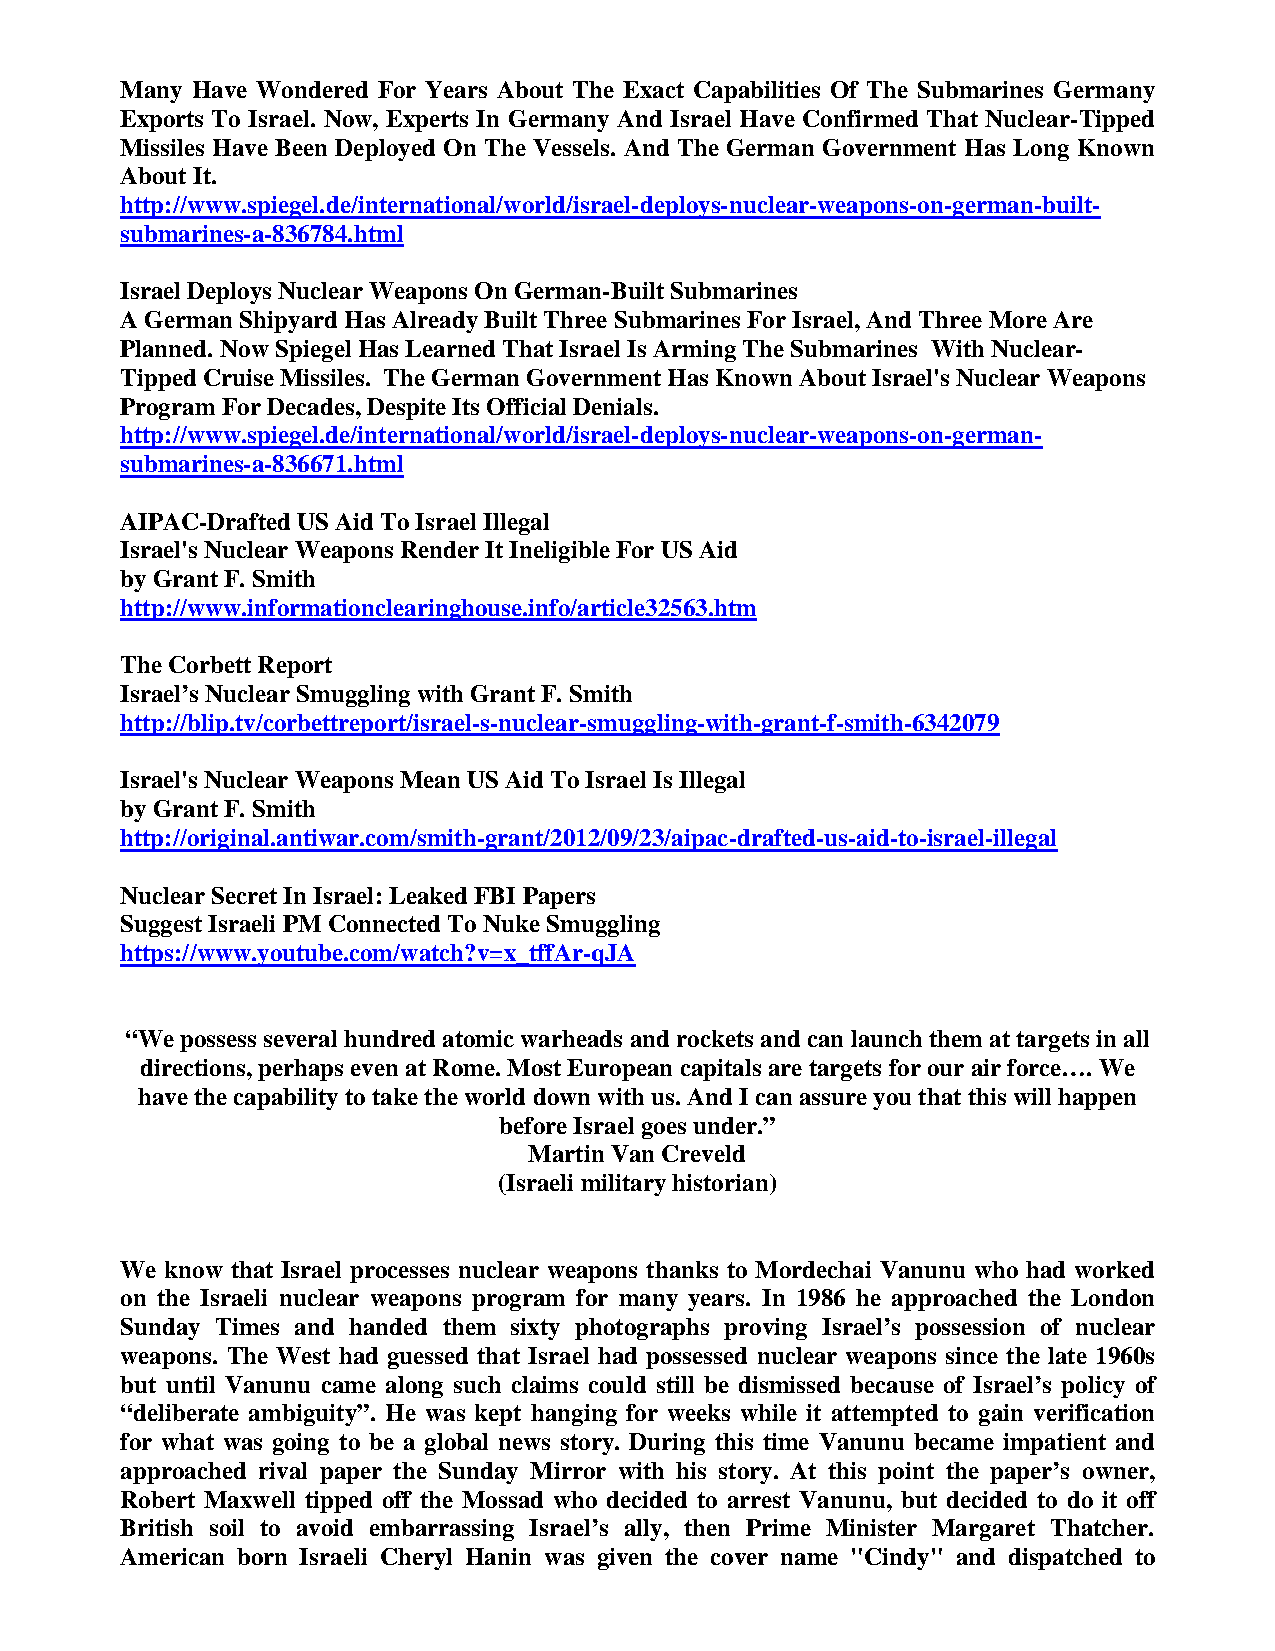
Many Have Wondered For Years About The Exact Capabilities Of The Submarines Germany
 Exports To Israel. Now, Experts In Germany And Israel Have Confirmed That Nuclear-Tipped
 Missiles Have Been Deployed On The Vessels. And The German Government Has Long Known
 About It.
 http://www.spiegel.de/international/world/israel-deploys-nuclear-weapons-on-german-built-
 submarines-a-836784.html
 Israel Deploys Nuclear Weapons On German-Built Submarines
 A German Shipyard Has Already Built Three Submarines For Israel, And Three More Are
 Planned. Now Spiegel Has Learned That Israel Is Arming The Submarines With Nuclear-
 Tipped Cruise Missiles. The German Government Has Known About Israel's Nuclear Weapons
 Program For Decades, Despite Its Official Denials.
 http://www.spiegel.de/international/world/israel-deploys-nuclear-weapons-on-german-
 submarines-a-836671.html
 AIPAC-Drafted US Aid To Israel Illegal
 Israel's Nuclear Weapons Render It Ineligible For US Aid
 by Grant F. Smith
 http://www.informationclearinghouse.info/article32563.htm
 The Corbett Report
 Israel’s Nuclear Smuggling with Grant F. Smith
 http://blip.tv/corbettreport/israel-s-nuclear-smuggling-with-grant-f-smith-6342079
 Israel's Nuclear Weapons Mean US Aid To Israel Is Illegal
 by Grant F. Smith
 http://original.antiwar.com/smith-grant/2012/09/23/aipac-drafted-us-aid-to-israel-illegal
 Nuclear Secret In Israel: Leaked FBI Papers
 Suggest Israeli PM Connected To Nuke Smuggling
 https://www.youtube.com/watch?v=x_tffAr-qJA
 “We possess several hundred atomic warheads and rockets and can launch them at targets in all
 directions, perhaps even at Rome. Most European capitals are targets for our air force…. We
 have the capability to take the world down with us. And I can assure you that this will happen
 before Israel goes under.”
 Martin Van Creveld
 (Israeli military historian)
 We know that Israel processes nuclear weapons thanks to Mordechai Vanunu who had worked
 on the Israeli nuclear weapons program for many years. In 1986 he approached the London
 Sunday Times and handed them sixty photographs proving Israel’s possession of nuclear
 weapons. The West had guessed that Israel had possessed nuclear weapons since the late 1960s
 but until Vanunu came along such claims could still be dismissed because of Israel’s policy of
 “deliberate ambiguity”. He was kept hanging for weeks while it attempted to gain verification
 for what was going to be a global news story. During this time Vanunu became impatient and
 approached rival paper the Sunday Mirror with his story. At this point the paper’s owner,
 Robert Maxwell tipped off the Mossad who decided to arrest Vanunu, but decided to do it off
 British soil to avoid embarrassing Israel’s ally, then Prime Minister Margaret Thatcher.
 American born Israeli Cheryl Hanin was given the cover name "Cindy" and dispatched to